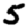
Digit: 5